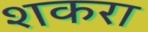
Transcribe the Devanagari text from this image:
शकरा